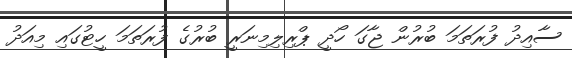
ސާއިދު ފުރަތަމަ ބުރުން ޖާގަ ހޯދީ ޕްރިލިމިނަރީ ބުރުގެ ފުރަތަމަ ހީޓުގައި މިއަދު